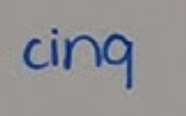
cinq